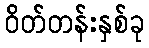
ဝိတ်တန်းနှစ်ခု